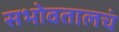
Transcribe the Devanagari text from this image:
सभोवतालचं